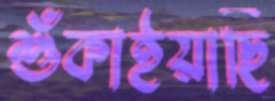
শুঁকাইয়াছি